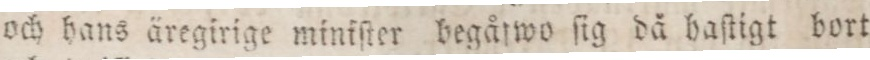
och hans äregirige miniſter begåfwo ſig då haſtigt bort